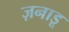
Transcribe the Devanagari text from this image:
ज़नाडू